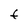
Character: F